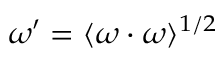
\omega ^ { \prime } = \langle \boldsymbol { \omega } \cdot \boldsymbol { \omega } \rangle ^ { 1 / 2 }